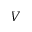
V